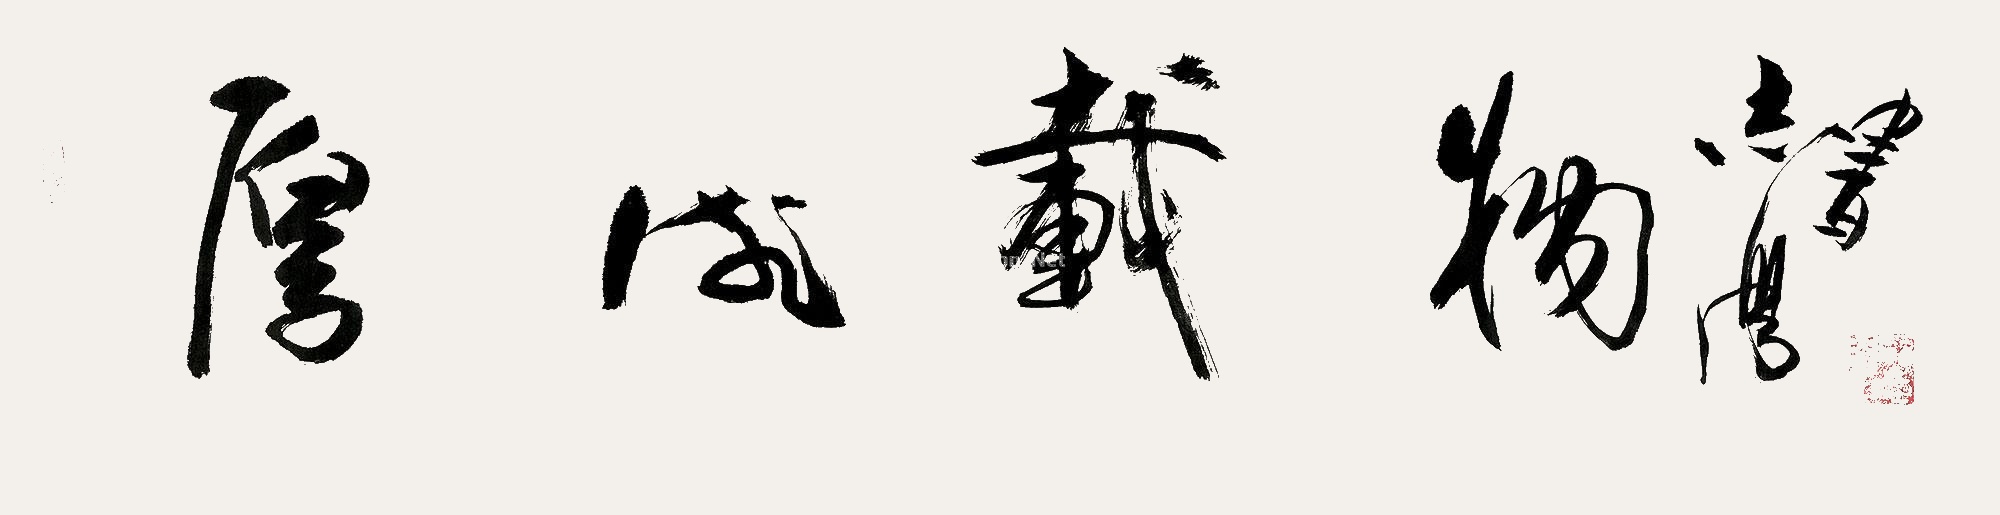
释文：厚德载物志学书。